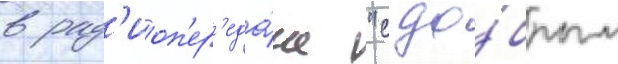
в рад'иоп'ер'еда́че "с до́брым